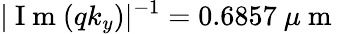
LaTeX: |\mathrm{~I~m~}(qk_{y})|^{-1}=0.6857\ \mu\mathrm{~m~}